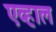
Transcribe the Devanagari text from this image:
एव्हाल